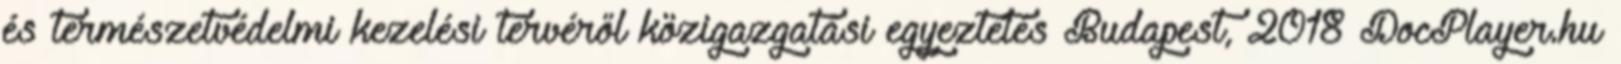
és természetvédelmi kezelési tervéről közigazgatási egyeztetés Budapest, 2018 DocPlayer.hu